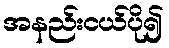
အနည်းငယ်ပို၍